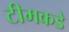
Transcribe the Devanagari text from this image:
टीमकडे